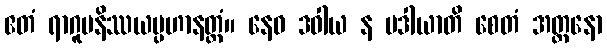
ဧတံ ရာဂူပနိဿယပ္ပဟာနတ္ထံ။ နေဝ ဒဝါယ န မဒါယာတိ စေတံ အတ္တနော